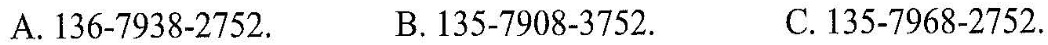
A.136-7938-2752.